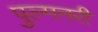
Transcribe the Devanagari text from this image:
पुल्मनरी